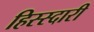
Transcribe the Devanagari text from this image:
हिस्स्दारी